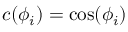
c ( \phi _ { i } ) = \cos ( \phi _ { i } )